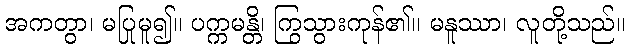
အကတွာ၊ မပြုမူ၍။ ပက္ကမန္တိ၊ ကြွသွားကုန်၏။ မနူဿာ၊ လူတို့သည်။